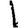
Digit: 1